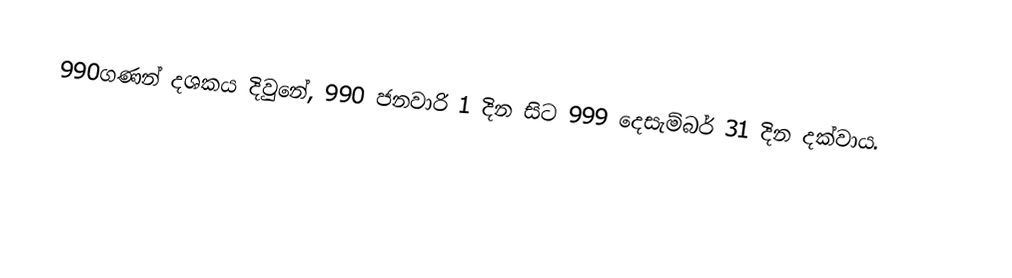
990ගණන් දශකය දිවුනේ, 990 ජනවාරි 1 දින සිට 999 දෙසැම්බර් 31 දින දක්වාය.